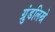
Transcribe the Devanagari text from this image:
ग्रुंडलिखे